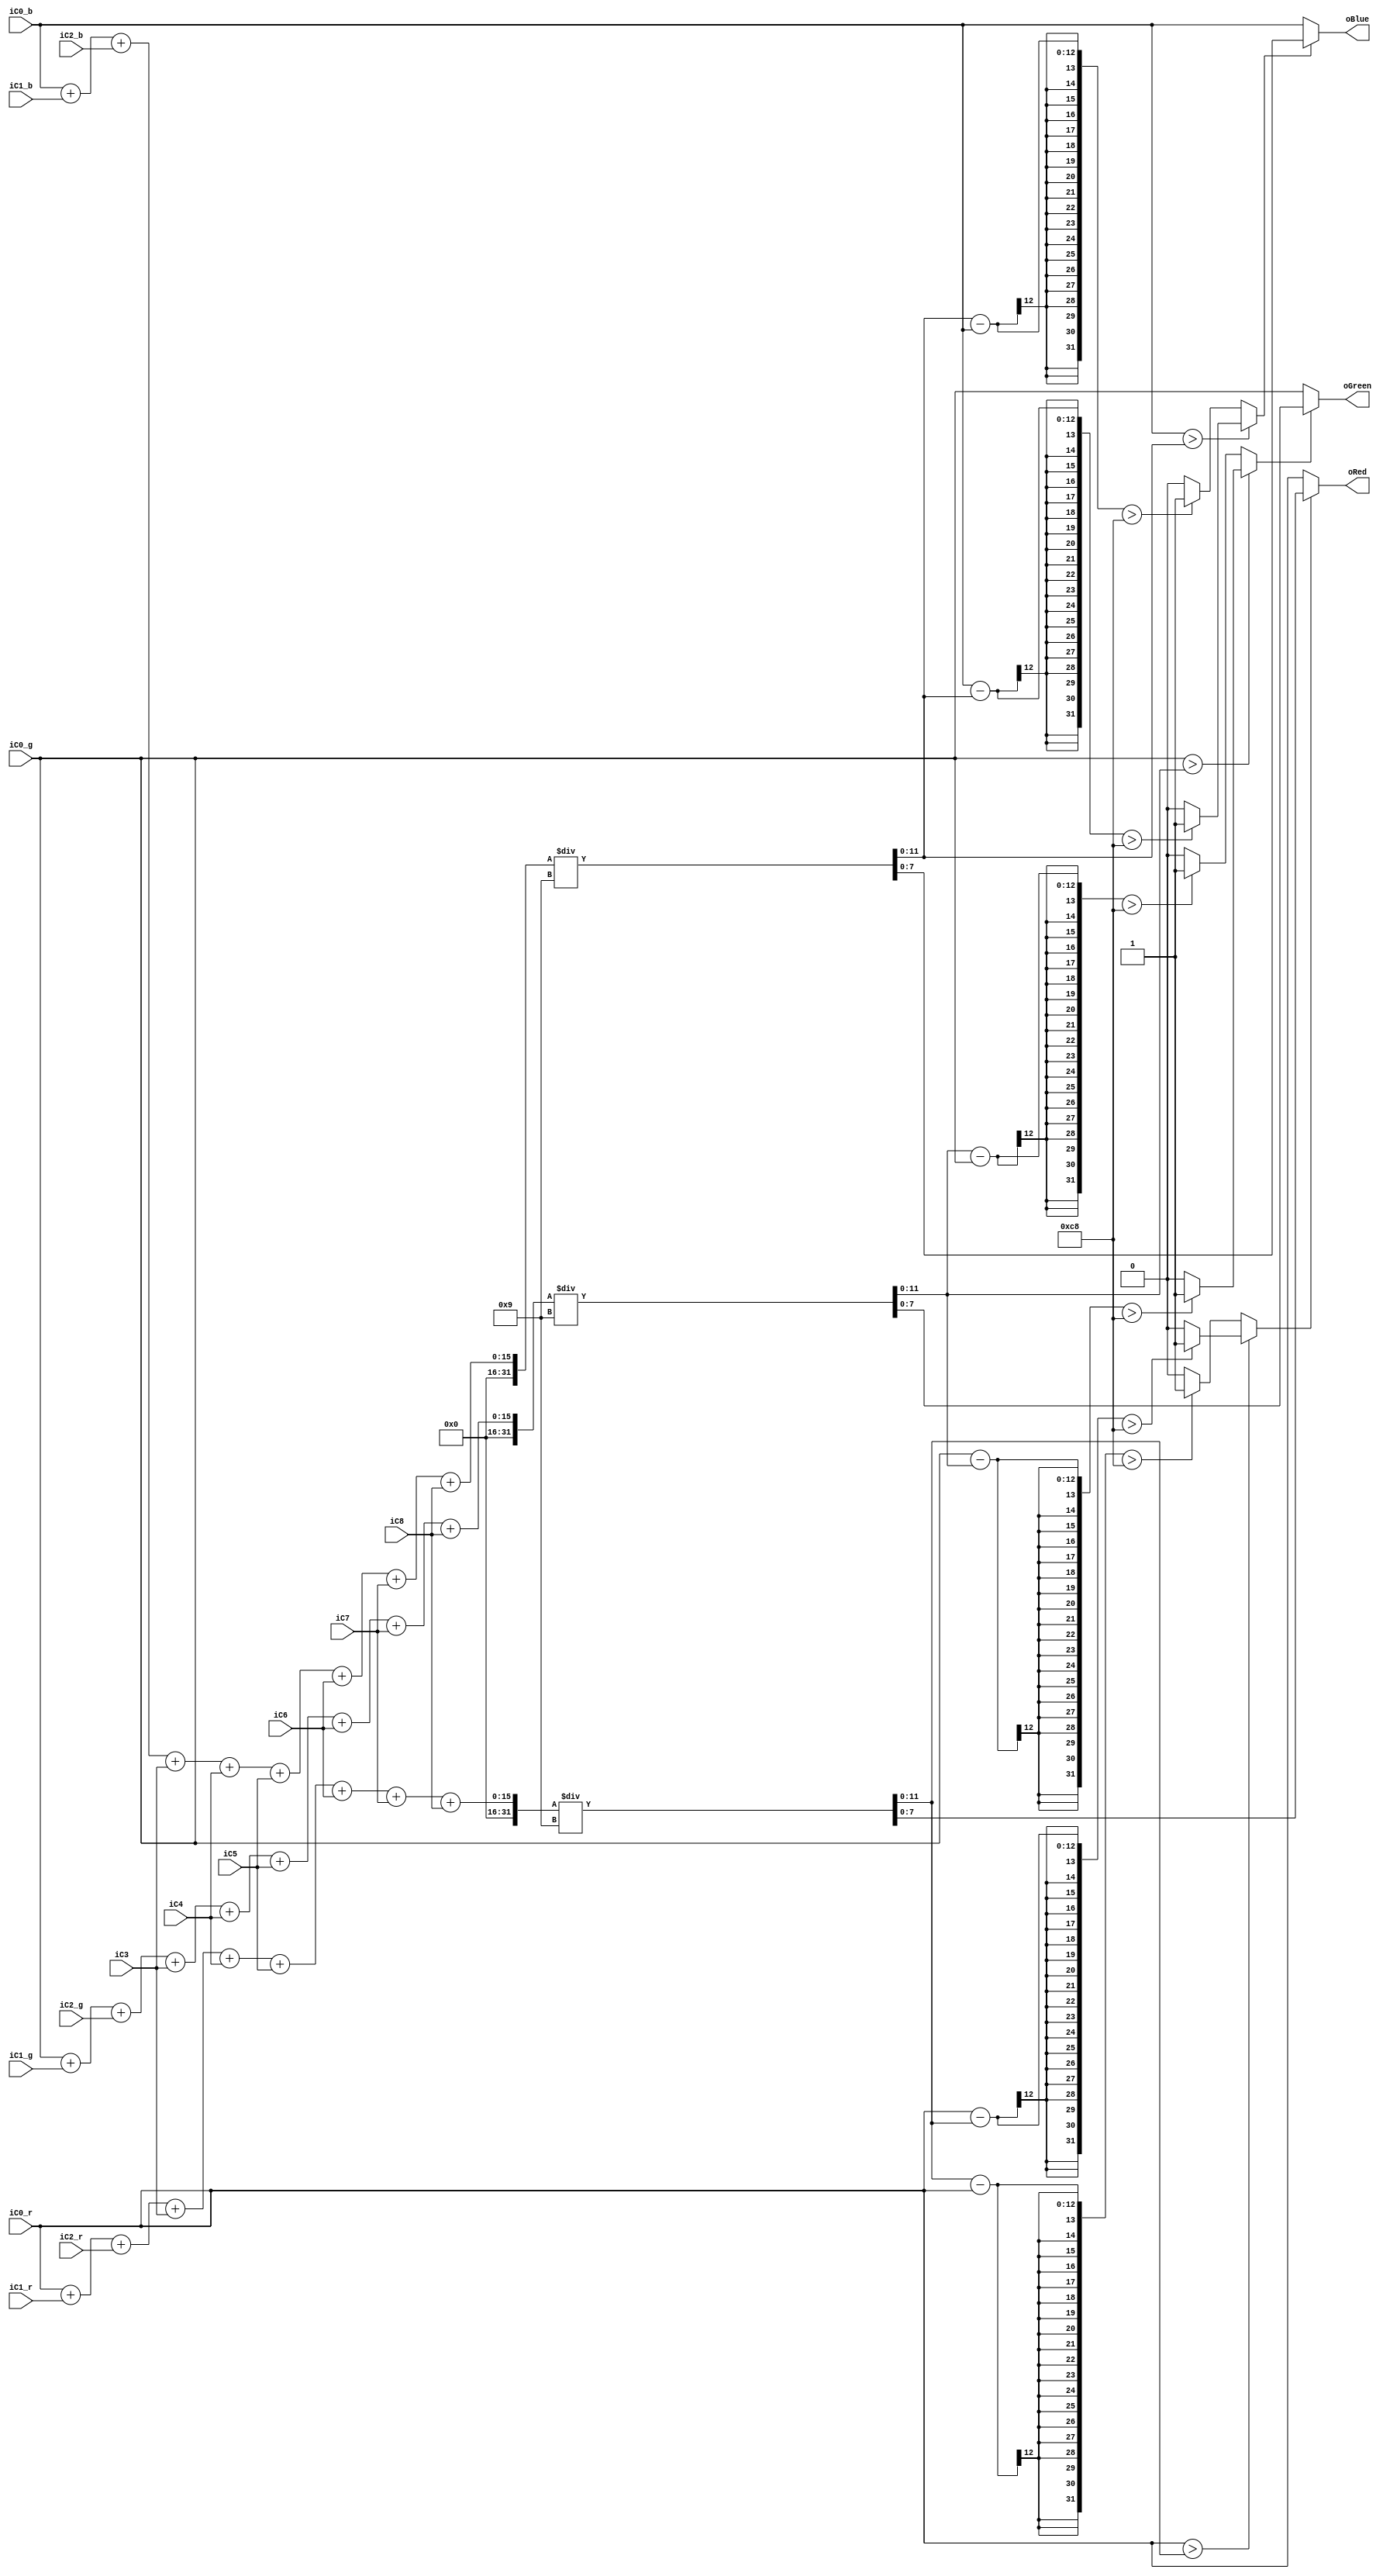
// Function: Filter noise by 3*3 input
// Input: iC0 ~ iC8, determine center(iC4) output
// Output: iC4 filter R, G, B
module Gray_Noise_Filter(iC0_r, iC0_g, iC0_b, iC1_r, iC1_g, iC1_b, iC2_r, iC2_g, iC2_b, iC3, iC4, iC5, iC6, iC7, iC8, oRed, oGreen, oBlue);
    // input 3*3 pixels, {R, G, B}
    input  [7:0] iC0_r;
    input  [7:0] iC0_g;
    input  [7:0] iC0_b;
    input  [7:0] iC1_r;
    input  [7:0] iC1_g;
    input  [7:0] iC1_b;
    input  [7:0] iC2_r;
    input  [7:0] iC2_g;
    input  [7:0] iC2_b;
    input  [7:0] iC3;
    input  [7:0] iC4;
    input  [7:0] iC5;
    input  [7:0] iC6;
    input  [7:0] iC7;
    input  [7:0] iC8;
    output [7:0] oRed;
    output [7:0] oGreen;
    output [7:0] oBlue;

    wire   [11:0] tmpR;
    wire   [11:0] tmpG;
    wire   [11:0] tmpB;

    wire          sel_r;
    wire          sel_g;
    wire          sel_b;

    parameter THR = 200;

    // oRed filter
    assign tmpR = (iC0_r+iC1_r+iC2_r+iC3+iC4+iC5+iC6+iC7+iC8)/9;
    assign tmpG = (iC0_g+iC1_g+iC2_g+iC3+iC4+iC5+iC6+iC7+iC8)/9;
    assign tmpB = (iC0_b+iC1_b+iC2_b+iC3+iC4+iC5+iC6+iC7+iC8)/9;

    assign sel_r = (iC0_r > tmpR) ? ((iC0_r-tmpR>THR)?1:0) : ((tmpR-iC0_r>THR)?1:0);
    assign sel_g = (iC0_g > tmpG) ? ((iC0_g-tmpG>THR)?1:0) : ((tmpG-iC0_g>THR)?1:0);
    assign sel_b = (iC0_b > tmpB) ? ((iC0_b-tmpB>THR)?1:0) : ((tmpB-iC0_b>THR)?1:0);

    assign oRed = sel_r ? tmpR[7:0] : iC0_r;
    assign oGreen = sel_g ? tmpG[7:0] : iC0_g;
    assign oBlue = sel_b ? tmpB[7:0] : iC0_b;


endmodule // Gray_Level